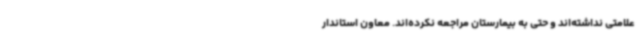
علامتی نداشته‌اند و حتی به بیمارستان مراجعه نکرده‌اند. معاون استاندار